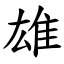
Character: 雄